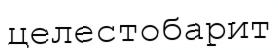
целестобарит